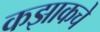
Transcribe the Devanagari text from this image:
कझाकचे